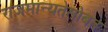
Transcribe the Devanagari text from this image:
राजमान्यतेसोबत